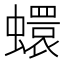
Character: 蠉